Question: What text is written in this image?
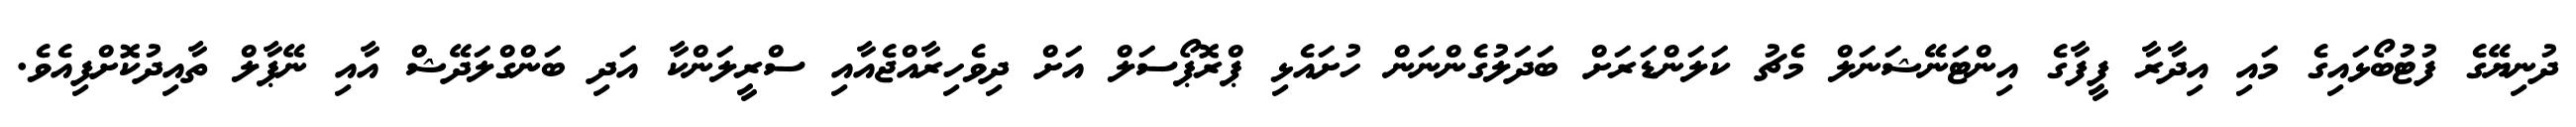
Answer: ދުނިޔޭގެ ފުޓުބޯޅައިގެ މައި އިދާރާ ފީފާގެ އިންޓަނޭޝަނަލް މެޗު ކަލަންޑަރަށް ބަދަލުގެންނަން ހުށައެޅި ޕްރޮޕޯސަލް އަށް ދިވެހިރާއްޖެއާއި ސްރީލަންކާ އަދި ބަންގްލަދޭޝް އާއި ނޭޕާލް ތާއިދުކޮށްފިއެވެ.